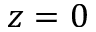
z = 0